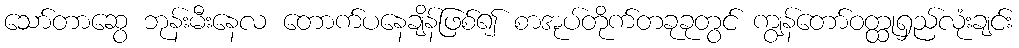
သော်တာဆွေ ဘုန်းမီးနေလ တောက်ပနေချိန်ဖြစ်၍ စာအုပ်တိုက်တခုခုတွင် ကျွန်တော်ဝတ္ထုရှည်လုံးချင်း